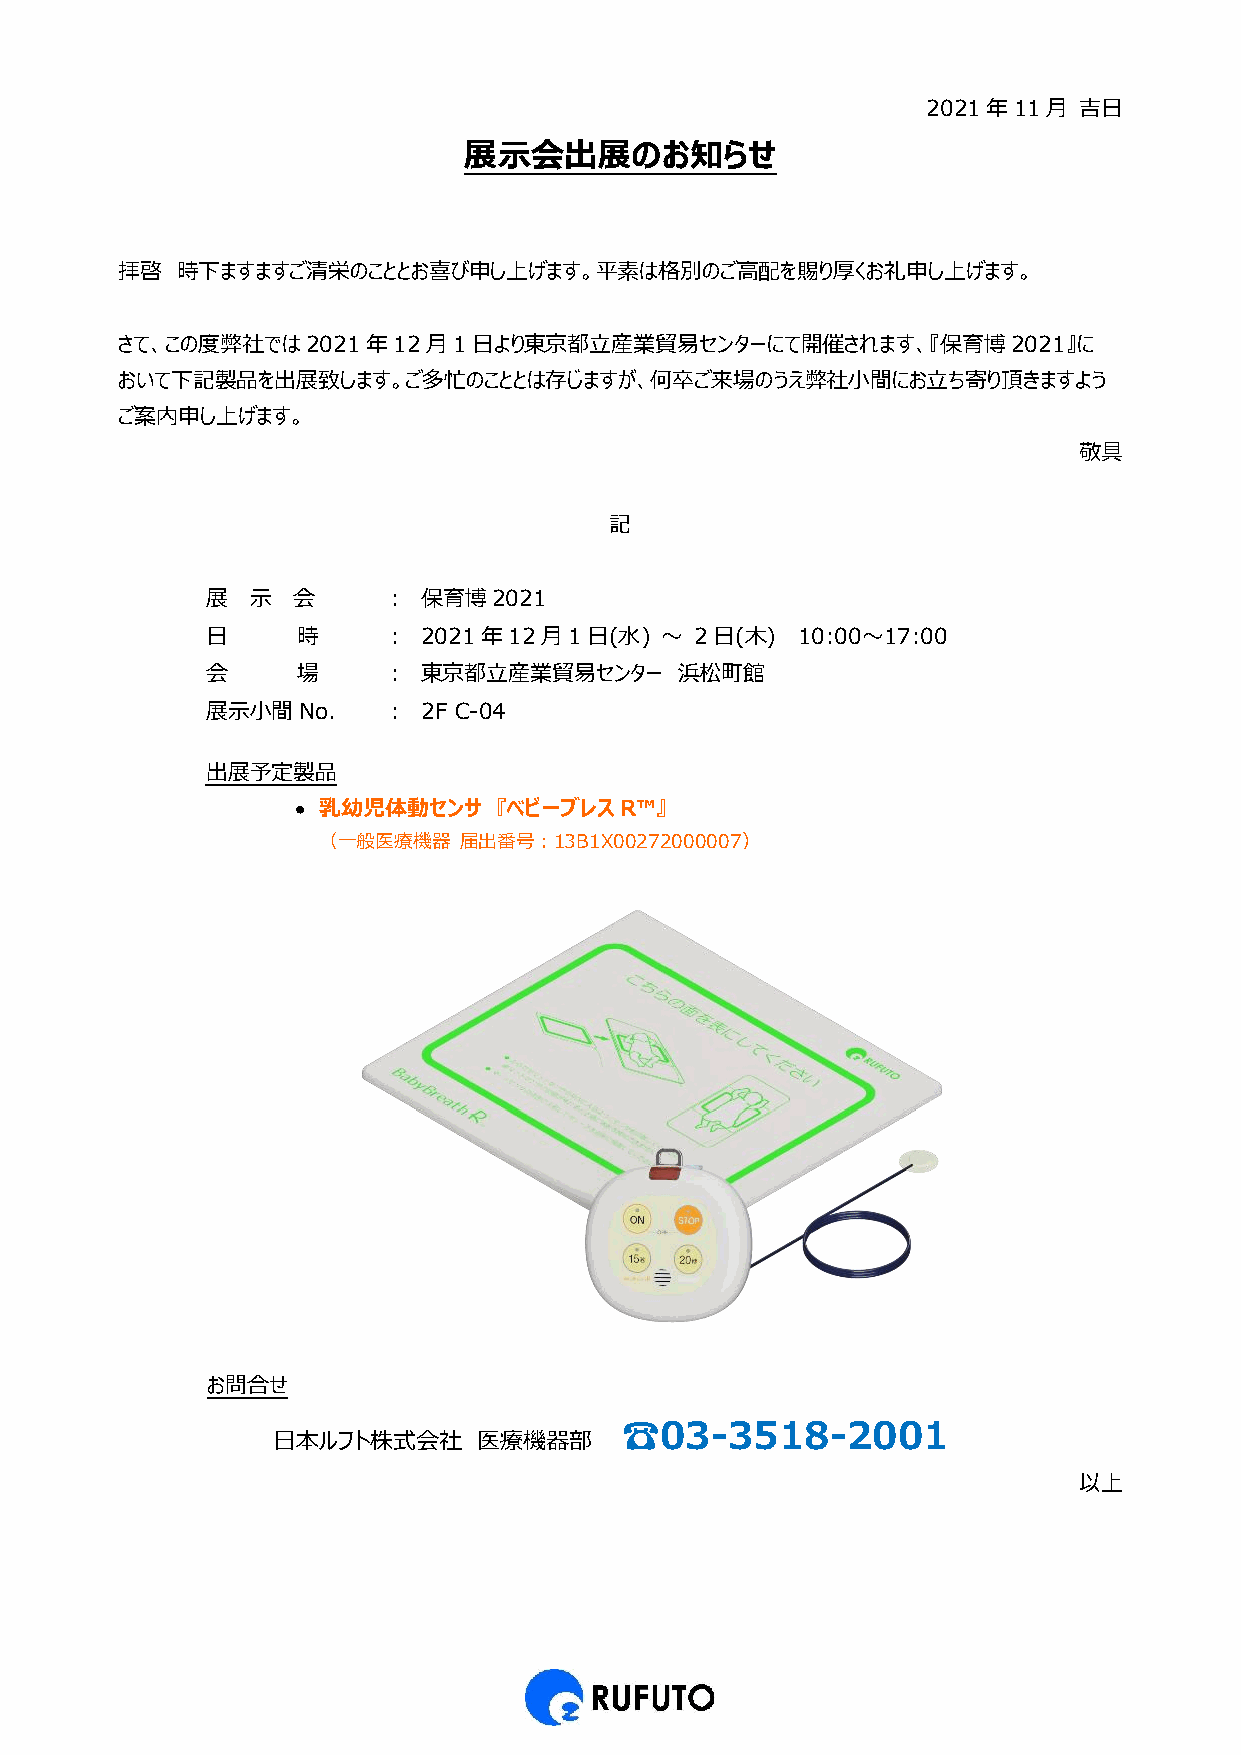
2021年11月  吉日
 展示会出展のお知らせ
 拝啓  時下ますますご清栄のこととお喜び申し上げます。平素は格別のご高配を賜り厚くお礼申し上げます。
 さて、この度弊社では2021年12月1日より東京都立産業貿易センターにて開催されます、『保育博2021』に
 おいて下記製品を出展致します。ご多忙のこととは存じますが、何卒ご来場のうえ弊社小間にお立ち寄り頂きますよう
 ご案内申し上げます。
 敬具
 記
 展  示 会     ：  保育博2021
 日     時    ：  2021年12月1日(水)   ～ 2日(木)  10:00～17:00
 会     場    ：  東京都立産業貿易センター     浜松町館
 展示小間No.    ：  2F C-04
 出展予定製品
 • 乳幼児体動センサ   『ベビーブレスR™』
 （一般医療機器  届出番号：13B1X00272000007）
 お問合せ
 ☎03-3518-2001
 日本ルフト株式会社     医療機器部
 以上